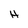
Character: H